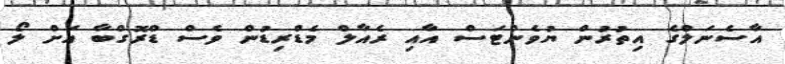
އާސެނަލްގެ އިތުރުން ޔުވެންޓަސް އާއި ރެއާލް މެޑްރިޑުން ވެސް ޑްރޮގްބާ އަށް ލޯ